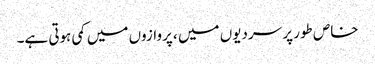
خاص طور پر سردیوں میں ، پروازوں میں کمی ہوتی ہے۔